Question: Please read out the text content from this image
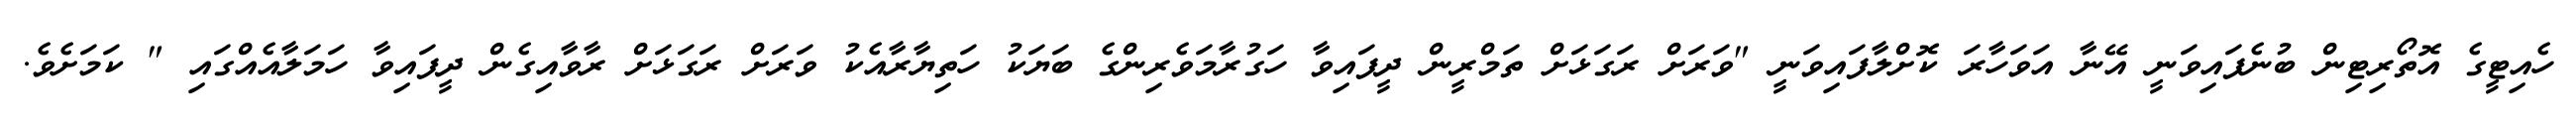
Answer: ހެއިޓީގެ އޮތޯރިޓިން ބުނެފައިވަނީ އޭނާ އަވަހާރަ ކޮށްލާފައިވަނީ "ވަރަށް ރަގަޅަށް ތަމްރީން ދީފައިވާ ހަގުރާމަވެރިންގެ ބަޔަކު ހަތިޔާރާއެކު ވަރަށް ރަގަޅަށް ރާވާއިގެން ދީފައިވާ ހަމަލާއެއްގައި " ކަމަށެވެ.